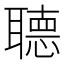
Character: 𦗟